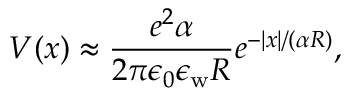
V ( x ) \approx \frac { e ^ { 2 } \alpha } { 2 \pi \epsilon _ { 0 } \epsilon _ { \mathrm { w } } R } e ^ { - | x | / ( \alpha R ) } ,